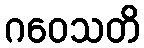
ဂဝေသတိ